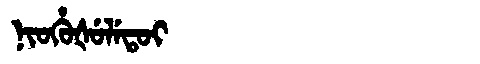
Manchu: ᠨᡳᠣᡥᡠᡧᡠᠯᡝᡨᠣᡳ
Romanization: NIOHUŠULETOI